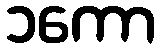
၁ကော